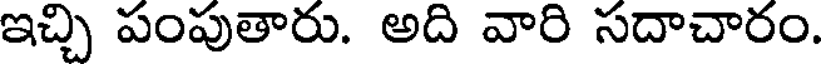
ఇచ్చి పంపుతారు. అది వారి సదాచారం.